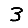
Digit: 3